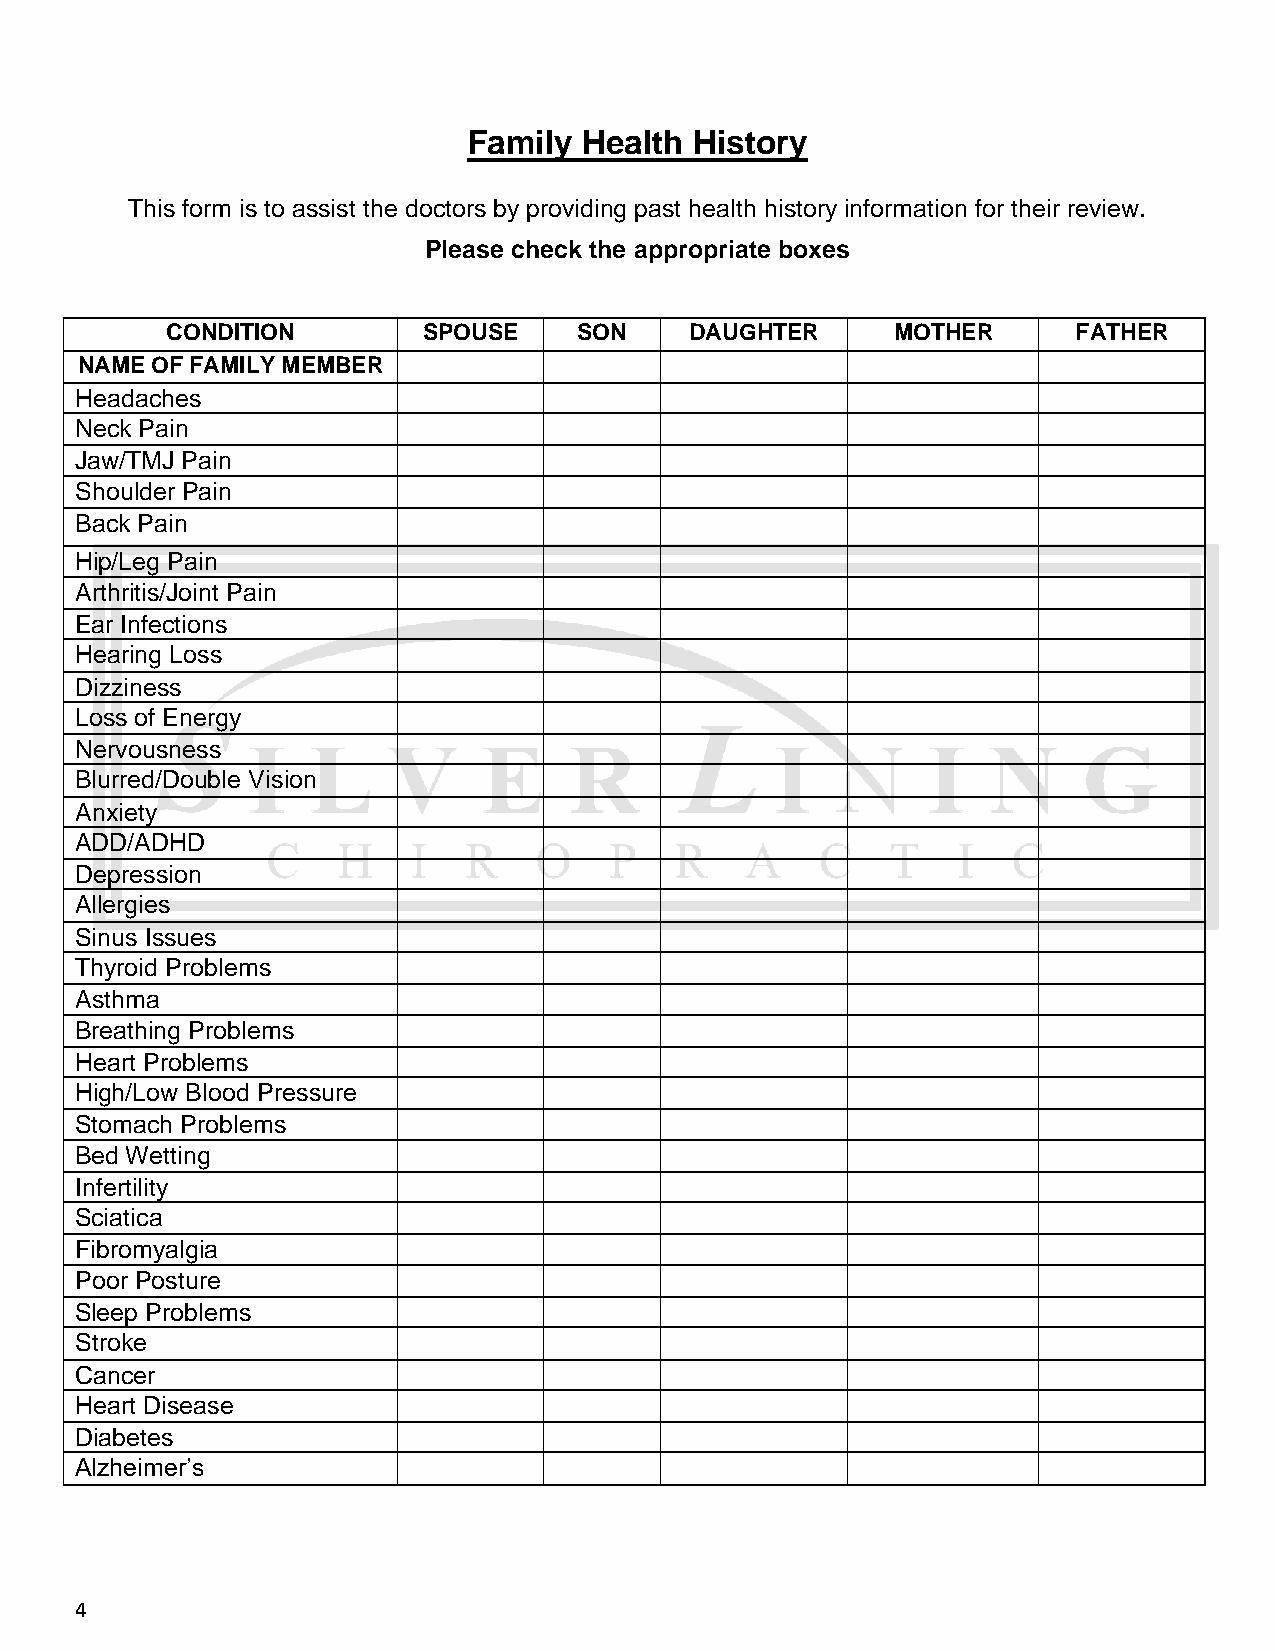
Family  Health History
 This form is to assist the doctors by providing past health history information for their review.
 Please check the appropriate boxes
 CONDITION        SPOUSE    SON     DAUGHTER     MOTHER      FATHER
 NAME OF FAMILY MEMBER
 Headaches
 Neck Pain
 Jaw/TMJ Pain
 Shoulder Pain
 Back Pain
 Hip/Leg Pain
 Arthritis/Joint Pain
 Ear Infections
 Hearing Loss
 Dizziness
 Loss of Energy
 Nervousness
 Blurred/Double Vision
 Anxiety
 ADD/ADHD
 Depression
 Allergies
 Sinus Issues
 Thyroid Problems
 Asthma
 Breathing Problems
 Heart Problems
 High/Low Blood Pressure
 Stomach Problems
 Bed Wetting
 Infertility
 Sciatica
 Fibromyalgia
 Poor Posture
 Sleep Problems
 Stroke
 Cancer
 Heart Disease
 Diabetes
 Alzheimer’s
 4